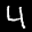
Label: 4